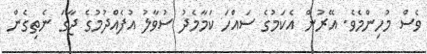
ވެސް މުހިންމެވެ. އޭރުން އެކަމުގެ ސައްހަ ކަމާމެދު ސުވާލު އުފެއްދުމުގެ ޖާގަ ނެތިގެން